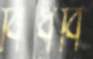
বিঁধবি